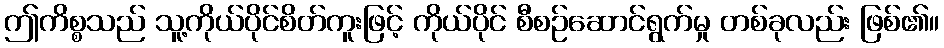
ဤကိစ္စသည် သူ့ကိုယ်ပိုင်စိတ်ကူးဖြင့် ကိုယ်ပိုင် စီစဉ်ဆောင်ရွက်မှု တစ်ခုလည်း ဖြစ်၏။